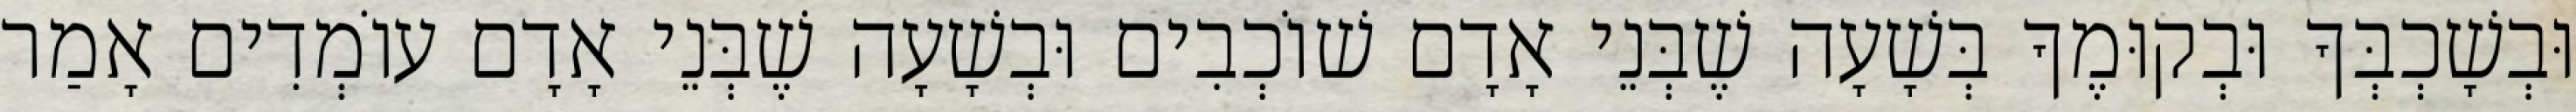
וּבְשָׁכְבְּךָ וּבְקוּמֶךָ בְּשָׁעָה שֶׁבְּנֵי אָדָם שׁוֹכְבִים וּבְשָׁעָה שֶׁבְּנֵי אָדָם עוֹמְדִים אָמַר